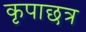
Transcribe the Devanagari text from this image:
कृपाछत्र